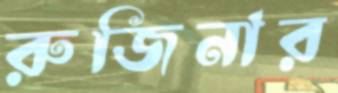
রুজিনার